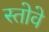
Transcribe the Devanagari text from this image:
स्तोवे